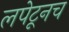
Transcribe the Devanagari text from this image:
लपेटूनच